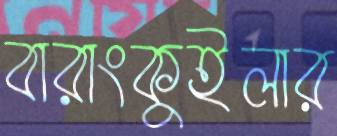
বারাংকুইলার